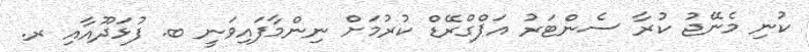
ކުނި މެނޭޖު ކުރާ ސެންޓަރު އަޕްގްރޭޑް ކުރުމަށް ނިންމާފައިވަނީ ބ. ފުޅަދޫއާއި ރ.